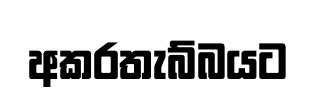
අකරතැබ්බයට